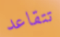
تتقاعد